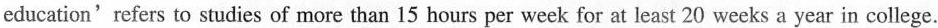
education'refers to studies of more than 15 hours per week for at least 20 weeks a year in college.